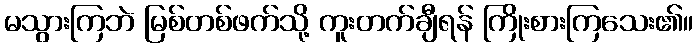
မသွားကြဘဲ မြစ်တစ်ဖက်သို့ ကူးတက်ချီရန် ကြိုးစားကြသေး၏။